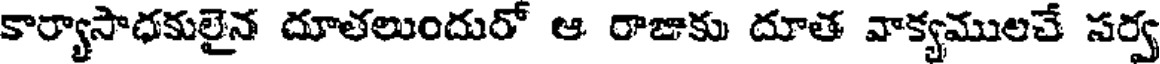
కార్యాసాధకులైన దూతలుందురో ఆ రాజాకు దూత వాక్యములచే సర్వ